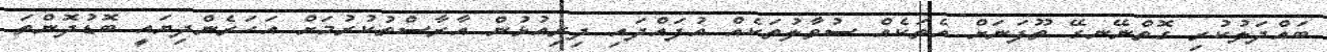
ބައްދަލުކުރި ގޮތްނޭނގޭ ތޫފަނަށް އެތަކެއް ސުވާލުތަކެއް އުފައްދައި ދިރިއުޅުން އާރާސްތުކުރުމަށް އަހަރެންދިޔައީ ބޮޑުދޮންތަ